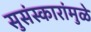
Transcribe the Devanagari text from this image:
सुसंस्कारांमुळे